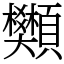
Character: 䫶